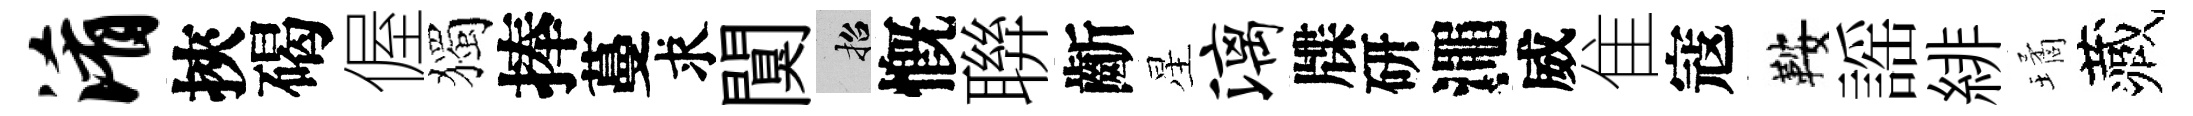
淆挾碣偓獨捧蔓求闃招慨聨齗星漓牒研澠威隹寇鞍謡緋璚藏